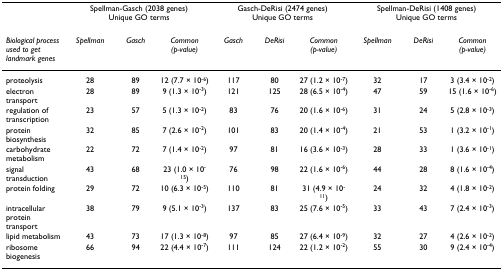
<table><thead><tr><td></td><td colspan="3"><b>Spellman-Gasch (2038 genes) Unique GO terms</b></td><td colspan="3"><b>Gasch-DeRisi (2474 genes) Unique GO terms</b></td><td colspan="3"><b>Spellman-DeRisi (1408 genes) Unique GO terms</b></td></tr><tr><td><b><i>Biological process used to get landmark genes</i></b></td><td><b><i>Spellman</i></b></td><td><b><i>Gasch</i></b></td><td><b><i>Common (p-value)</i></b></td><td><b><i>Gasch</i></b></td><td><b><i>DeRisi</i></b></td><td><b><i>Common (p-value)</i></b></td><td><b><i>Spellman</i></b></td><td><b><i>DeRisi</i></b></td><td><b><i>Common (p-value)</i></b></td></tr></thead><tbody><tr><td>proteolysis</td><td>28</td><td>89</td><td>12 (7.7 × 10<sup>-6</sup>)</td><td>117</td><td>80</td><td>27 (1.2 × 10<sup>-7</sup>)</td><td>32</td><td>17</td><td>3 (3.4 × 10<sup>-2</sup>)</td></tr><tr><td>electron transport</td><td>28</td><td>89</td><td>9 (1.3 × 10<sup>-3</sup>)</td><td>121</td><td>125</td><td>28 (6.5 × 10<sup>-4</sup>)</td><td>47</td><td>59</td><td>15 (1.6 × 10<sup>-6</sup>)</td></tr><tr><td>regulation of transcription</td><td>23</td><td>57</td><td>5 (1.3 × 10<sup>-2</sup>)</td><td>83</td><td>76</td><td>20 (1.6 × 10<sup>-6</sup>)</td><td>31</td><td>24</td><td>5 (2.8 × 10<sup>-3</sup>)</td></tr><tr><td>protein biosynthesis</td><td>32</td><td>85</td><td>7 (2.6 × 10<sup>-2</sup>)</td><td>101</td><td>83</td><td>20 (1.4 × 10<sup>-4</sup>)</td><td>21</td><td>53</td><td>1 (3.2 × 10<sup>-1</sup>)</td></tr><tr><td>carbohydrate metabolism</td><td>22</td><td>72</td><td>7 (1.4 × 10<sup>-2</sup>)</td><td>97</td><td>81</td><td>16 (3.6 × 10<sup>-3</sup>)</td><td>28</td><td>33</td><td>1 (3.6 × 10<sup>-1</sup>)</td></tr><tr><td>signal transduction</td><td>43</td><td>68</td><td>23 (1.0 × 10<sup>-15</sup>)</td><td>76</td><td>98</td><td>22 (1.6 × 10<sup>-6</sup>)</td><td>44</td><td>28</td><td>8 (1.6 × 10<sup>-4</sup>)</td></tr><tr><td>protein folding</td><td>29</td><td>72</td><td>10 (6.3 × 10<sup>-5</sup>)</td><td>110</td><td>81</td><td>31 (4.9 × 10<sup>-11</sup>)</td><td>24</td><td>32</td><td>4 (1.8 × 10<sup>-2</sup>)</td></tr><tr><td>intracellular protein transport</td><td>38</td><td>79</td><td>9 (5.1 × 10<sup>-3</sup>)</td><td>137</td><td>83</td><td>25 (7.6 × 10<sup>-5</sup>)</td><td>33</td><td>43</td><td>7 (2.4 × 10<sup>-3</sup>)</td></tr><tr><td>lipid metabolism</td><td>43</td><td>73</td><td>17 (1.3 × 10<sup>-8</sup>)</td><td>97</td><td>85</td><td>27 (6.4 × 10<sup>-9</sup>)</td><td>32</td><td>27</td><td>4 (2.6 × 10<sup>-2</sup>)</td></tr><tr><td>ribosome biogenesis</td><td>66</td><td>94</td><td>22 (4.4 × 10<sup>-7</sup>)</td><td>111</td><td>124</td><td>22 (1.2 × 10<sup>-2</sup>)</td><td>55</td><td>30</td><td>9 (2.4 × 10<sup>-4</sup>)</td></tr></tbody></table>